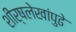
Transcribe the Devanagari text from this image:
शीर्षलेखांपुढे